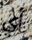
أي